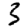
Digit: 3